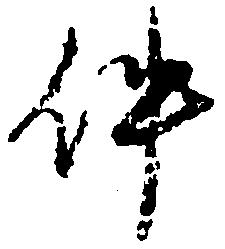
件